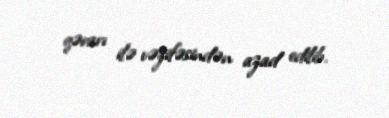
qərarı ilə vəzifəsindən azad edilib.